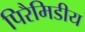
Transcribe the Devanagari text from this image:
पिरैमिडीय